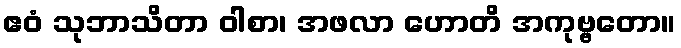
ဧဝံ သုဘာသိတာ ဝါစာ၊ အဖလာ ဟောတိ အကုဗ္ဗတော။